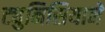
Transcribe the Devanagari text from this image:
ट्युनिसियाने